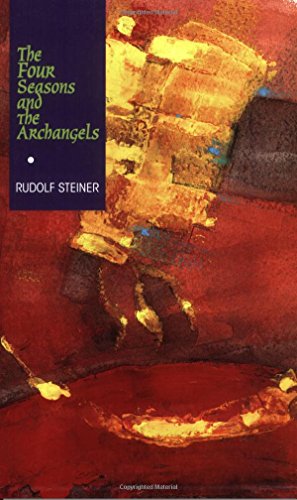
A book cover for The Four Seasons and the Archangels: Experience of the Course of the Year in Four Cosmic Imaginations; Rudolf Steiner; Religion & Spirituality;